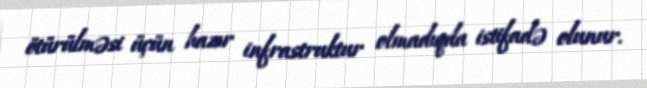
ötürülməsi üçün hazır infrastruktur olmadıqda istifadə olunur.